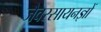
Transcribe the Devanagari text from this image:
जैवरसायनज्ञों